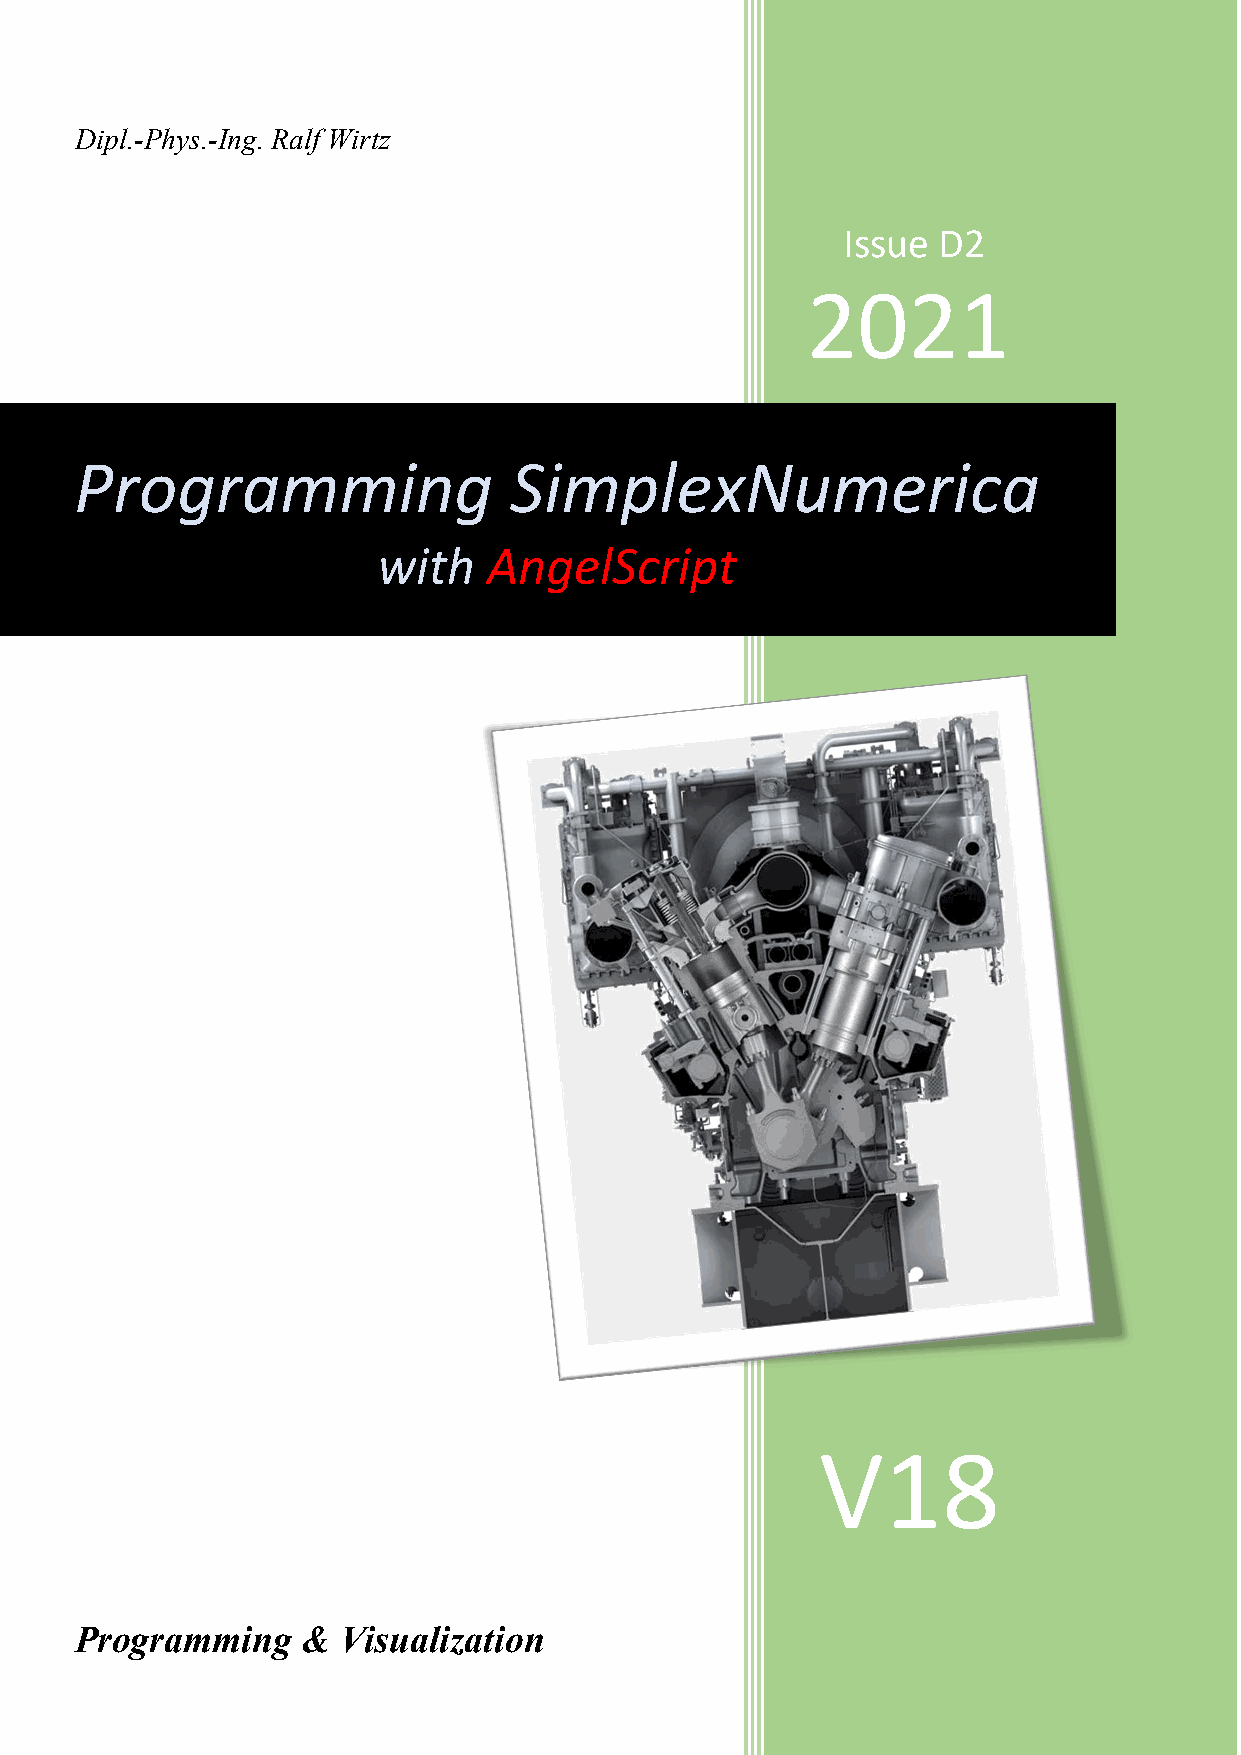
Dipl.-Phys.-Ing. Ralf Wirtz
 Issue D2
 2021
 Programming                  SimplexNumerica
 with   AngelScript
 V18
 Programming    & Visualization